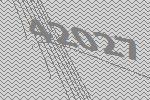
42027